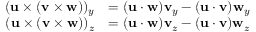
{ \begin{array} { r l } { ( \mathbf { u } \times ( \mathbf { v } \times \mathbf { w } ) ) _ { y } } & { = ( \mathbf { u } \cdot \mathbf { w } ) \mathbf { v } _ { y } - ( \mathbf { u } \cdot \mathbf { v } ) \mathbf { w } _ { y } } \\ { ( \mathbf { u } \times ( \mathbf { v } \times \mathbf { w } ) ) _ { z } } & { = ( \mathbf { u } \cdot \mathbf { w } ) \mathbf { v } _ { z } - ( \mathbf { u } \cdot \mathbf { v } ) \mathbf { w } _ { z } } \end{array} }